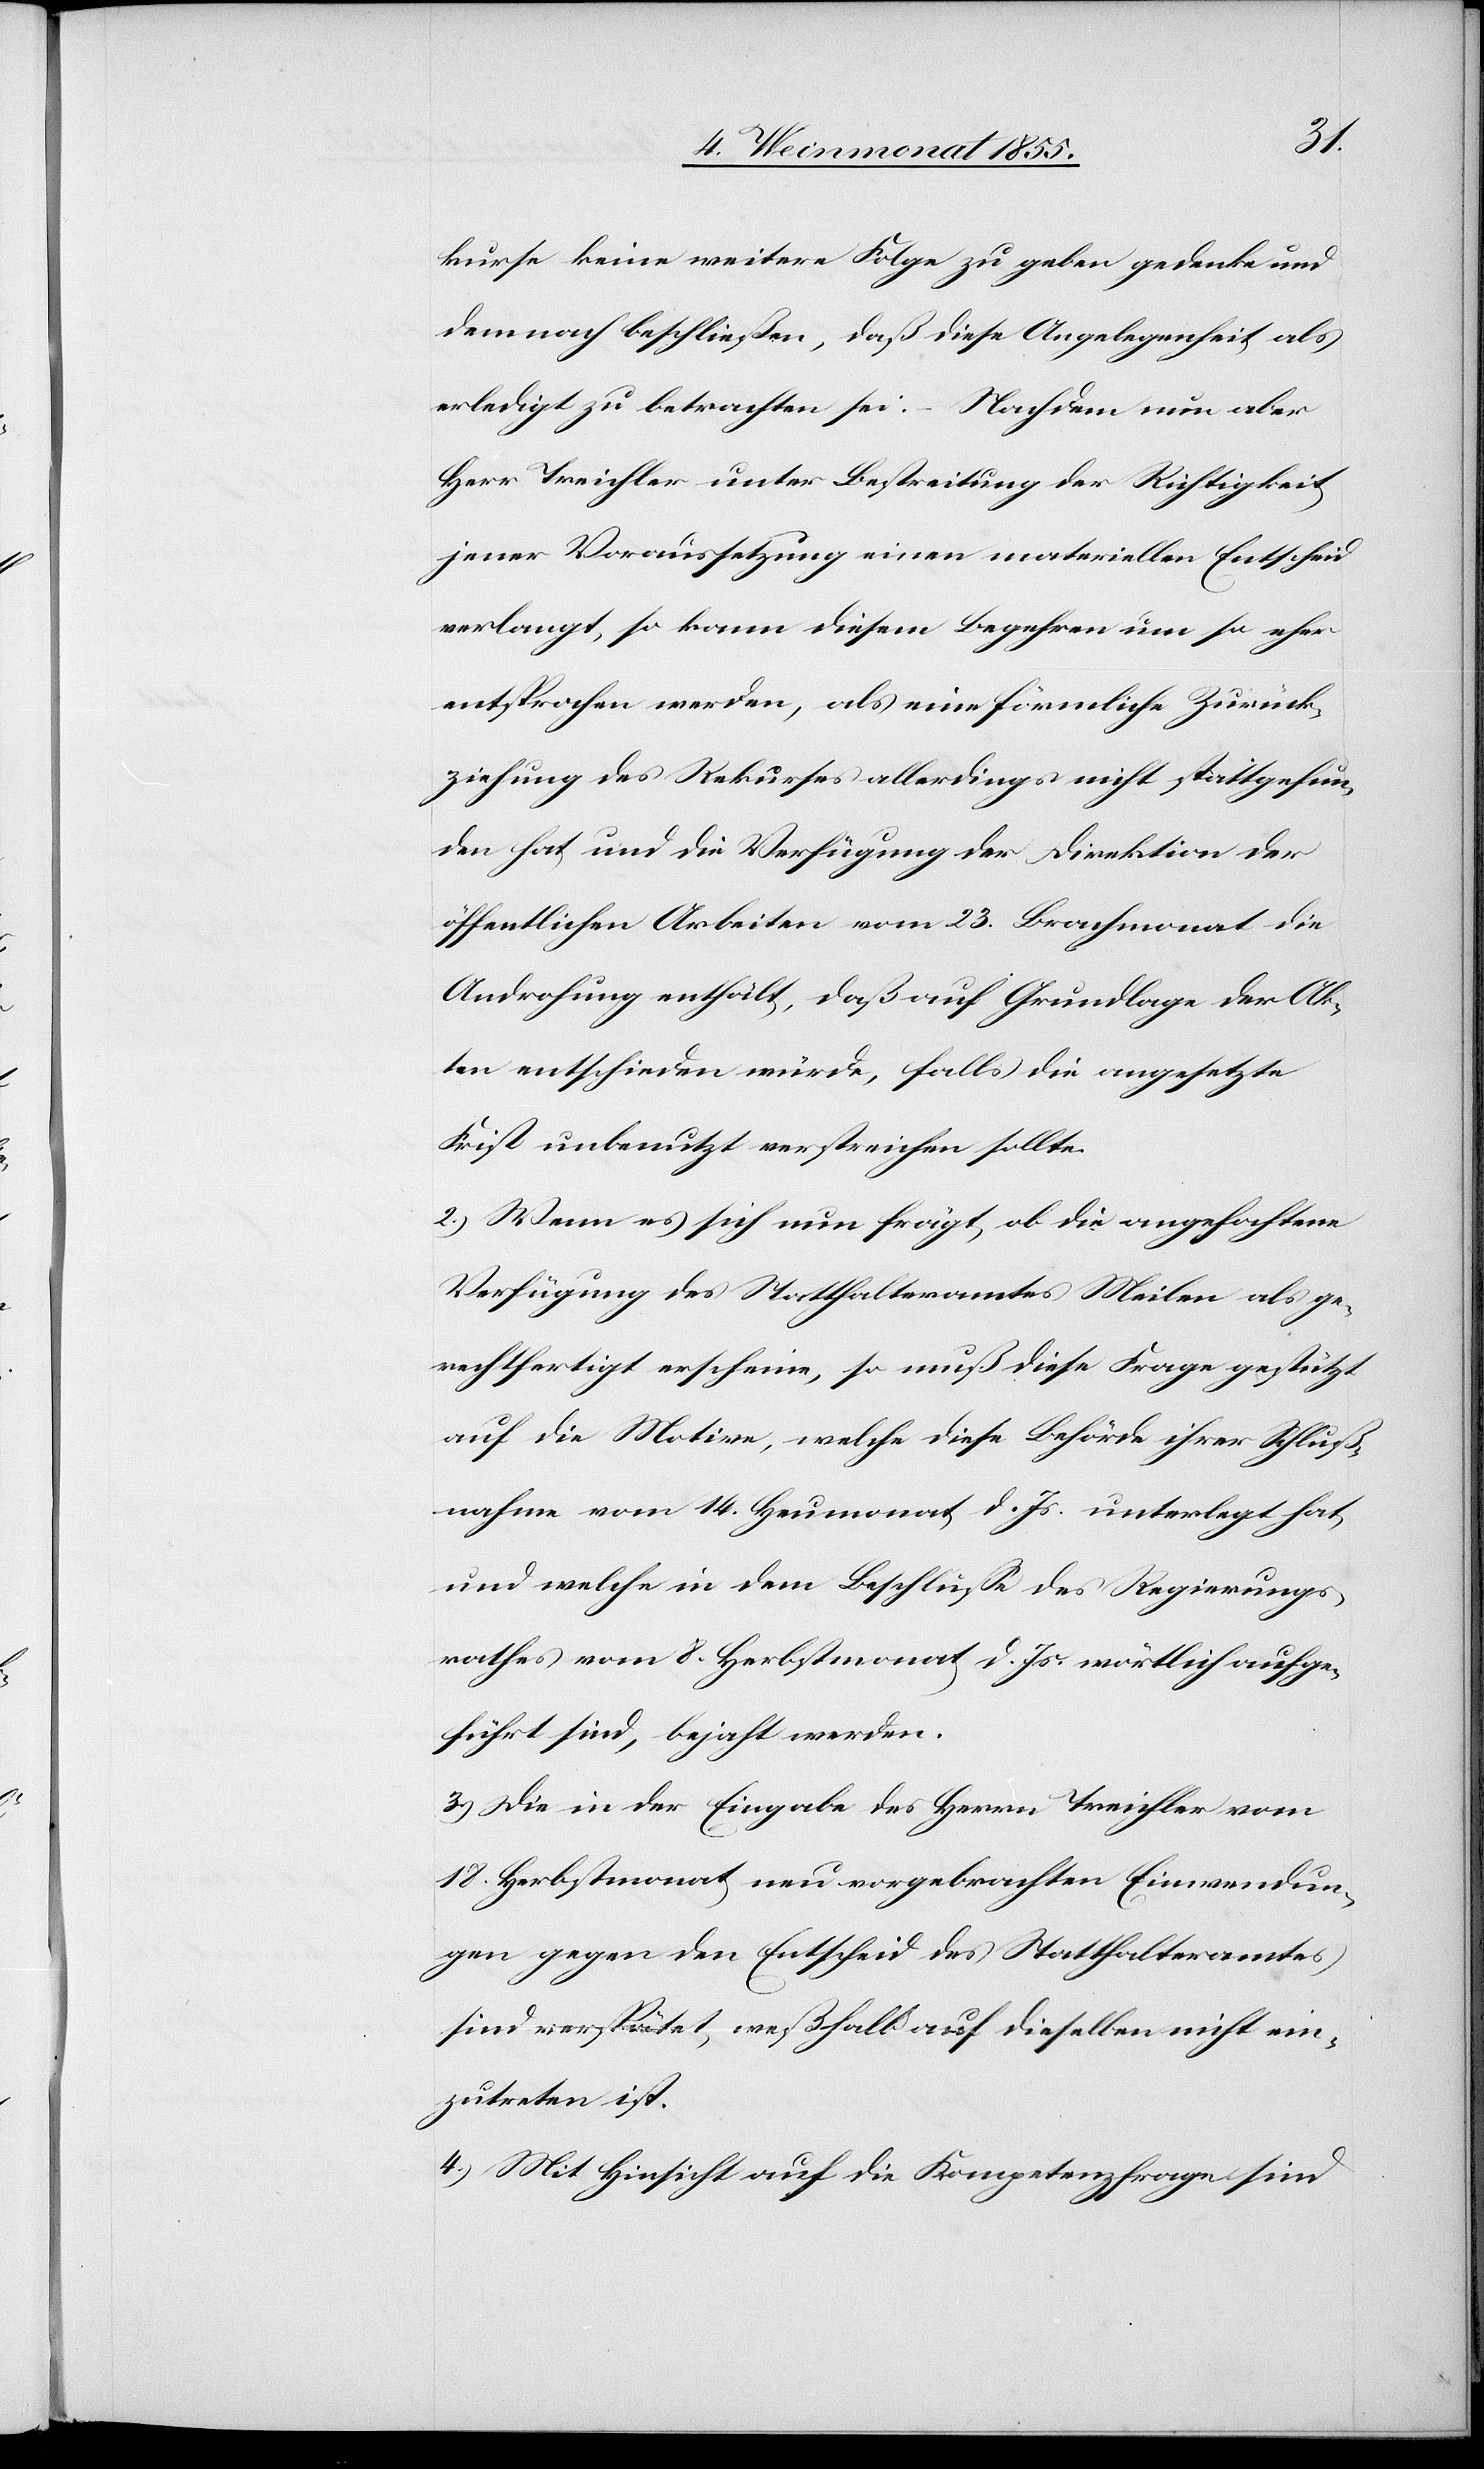
kurse keine weitere Folge zu geben gedenke und
demnach beschließen, daß diese Angelegenheit als
erledigt zu betrachten sei. – Nachdem nun aber
Herr Treichler unter Bestreitung der Richtigkeit
jener Voraussetzung einen materiellen Entscheid
verlangt, so kann diesem Begehren um so eher
entsprochen werden, als eine förmliche Zurück¬
ziehung des Rekurses allerdings nicht stattgefun¬
den hat und die Verfügung der Direktion der
öffentlichen Arbeiten vom 23. Brachmonat die
Androhung enthält, daß auf Grundlage der Ak¬
ten entschieden würde, falls die angesetzte
Frist unbenutzt verstreichen sollte.
2.) Wenn es sich nun frägt ob die angefochtene
Verfügung des Statthalteramtes Meilen als ge¬
rechtfertigt erscheine, so muß diese Frage gestützt
auf die Motive, welche diese Behörde ihrer Schluß¬
nahme vom 14. Heumonat d. Js. unterlegt hat
und welche in dem Beschlusse des Regierungs¬
rathes vom 8. Herbstmonat d. Js. wörtlich aufge¬
führt sind, bejaht werden.
3.) Die in der Eingabe des Herrn Treichler vom
18. Herbstmonat neu vorgebrachten Einwendun¬
gen gegen den Entscheid des Statthalteramtes
sind verspätet weßhalb auf dieselben nicht ein¬
zutreten ist.
4.) Mit Hinsicht auf die Kompetenzfrage sind